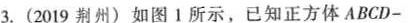
3.(2019荆州)如图1所示，已知正方体ABCD-